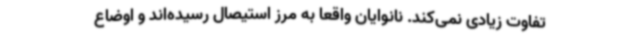
تفاوت زیادی نمی‌کند. نانوایان واقعا به مرز استیصال رسیده‌اند و اوضاع